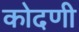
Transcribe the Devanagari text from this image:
कोदणी